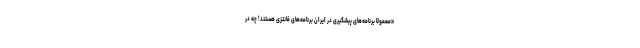
«معمولا برنامه‌های پیشگیری در ایران برنامه‌های فانتزی هستند! چه در